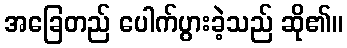
အခြေတည် ပေါက်ပွားခဲ့သည် ဆို၏။